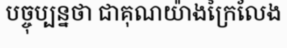
បច្ចុប្បន្នថា ជាគុណយ៉ាងក្រៃលែង